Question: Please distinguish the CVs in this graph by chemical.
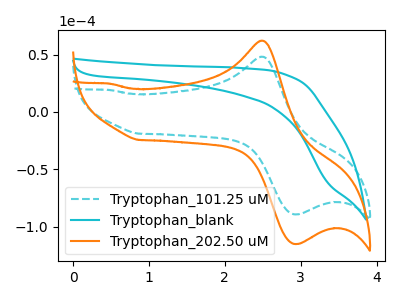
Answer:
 <answer>The cyan dashed curve is labeled "Tryptophan_101.25 uM". The cyan curve is labeled "Tryptophan_blank". The orange curve is labeled "Tryptophan_202.50 uM".</answer>
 <eval></eval>